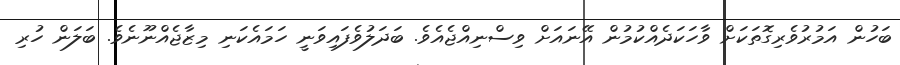
ބަހުން އަމުރުވެރިގޮތަކަށް ވާހަކަދެއްކުމުން އޭނައަށް ވިސްނިއްޖެއެވެ. ބަދަލުވެފައިވަނީ ހަމައެކަނި މިޒާޖެއްނޫނެވެ. ބަލަން ހުރި